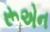
રૂએન